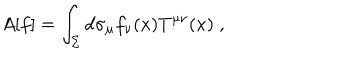
A [ f ] = \int _ { \Sigma } d \sigma _ { \mu } f _ { \nu } ( x ) T ^ { \mu \nu } ( x ) \; ,